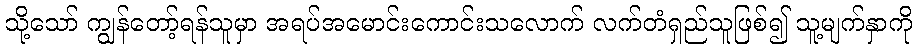
သို့သော် ကျွန်တော့်ရန်သူမှာ အရပ်အမောင်းကောင်းသလောက် လက်တံရှည်သူဖြစ်၍ သူ့မျက်နှာကို